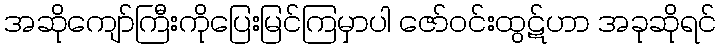
အဆိုကျော်ကြီးကိုပြေးမြင်ကြမှာပါ ဇော်ဝင်းထွဋ်ဟာ အခုဆိုရင်